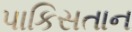
પાકિસતાન